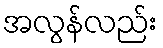
အလွန်လည်း